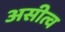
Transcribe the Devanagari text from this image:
असीत्व